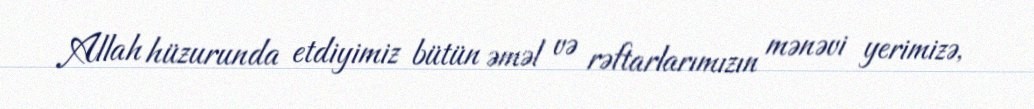
Allah hüzurunda etdiyimiz bütün əməl və rəftarlarımızın mənəvi yerimizə,